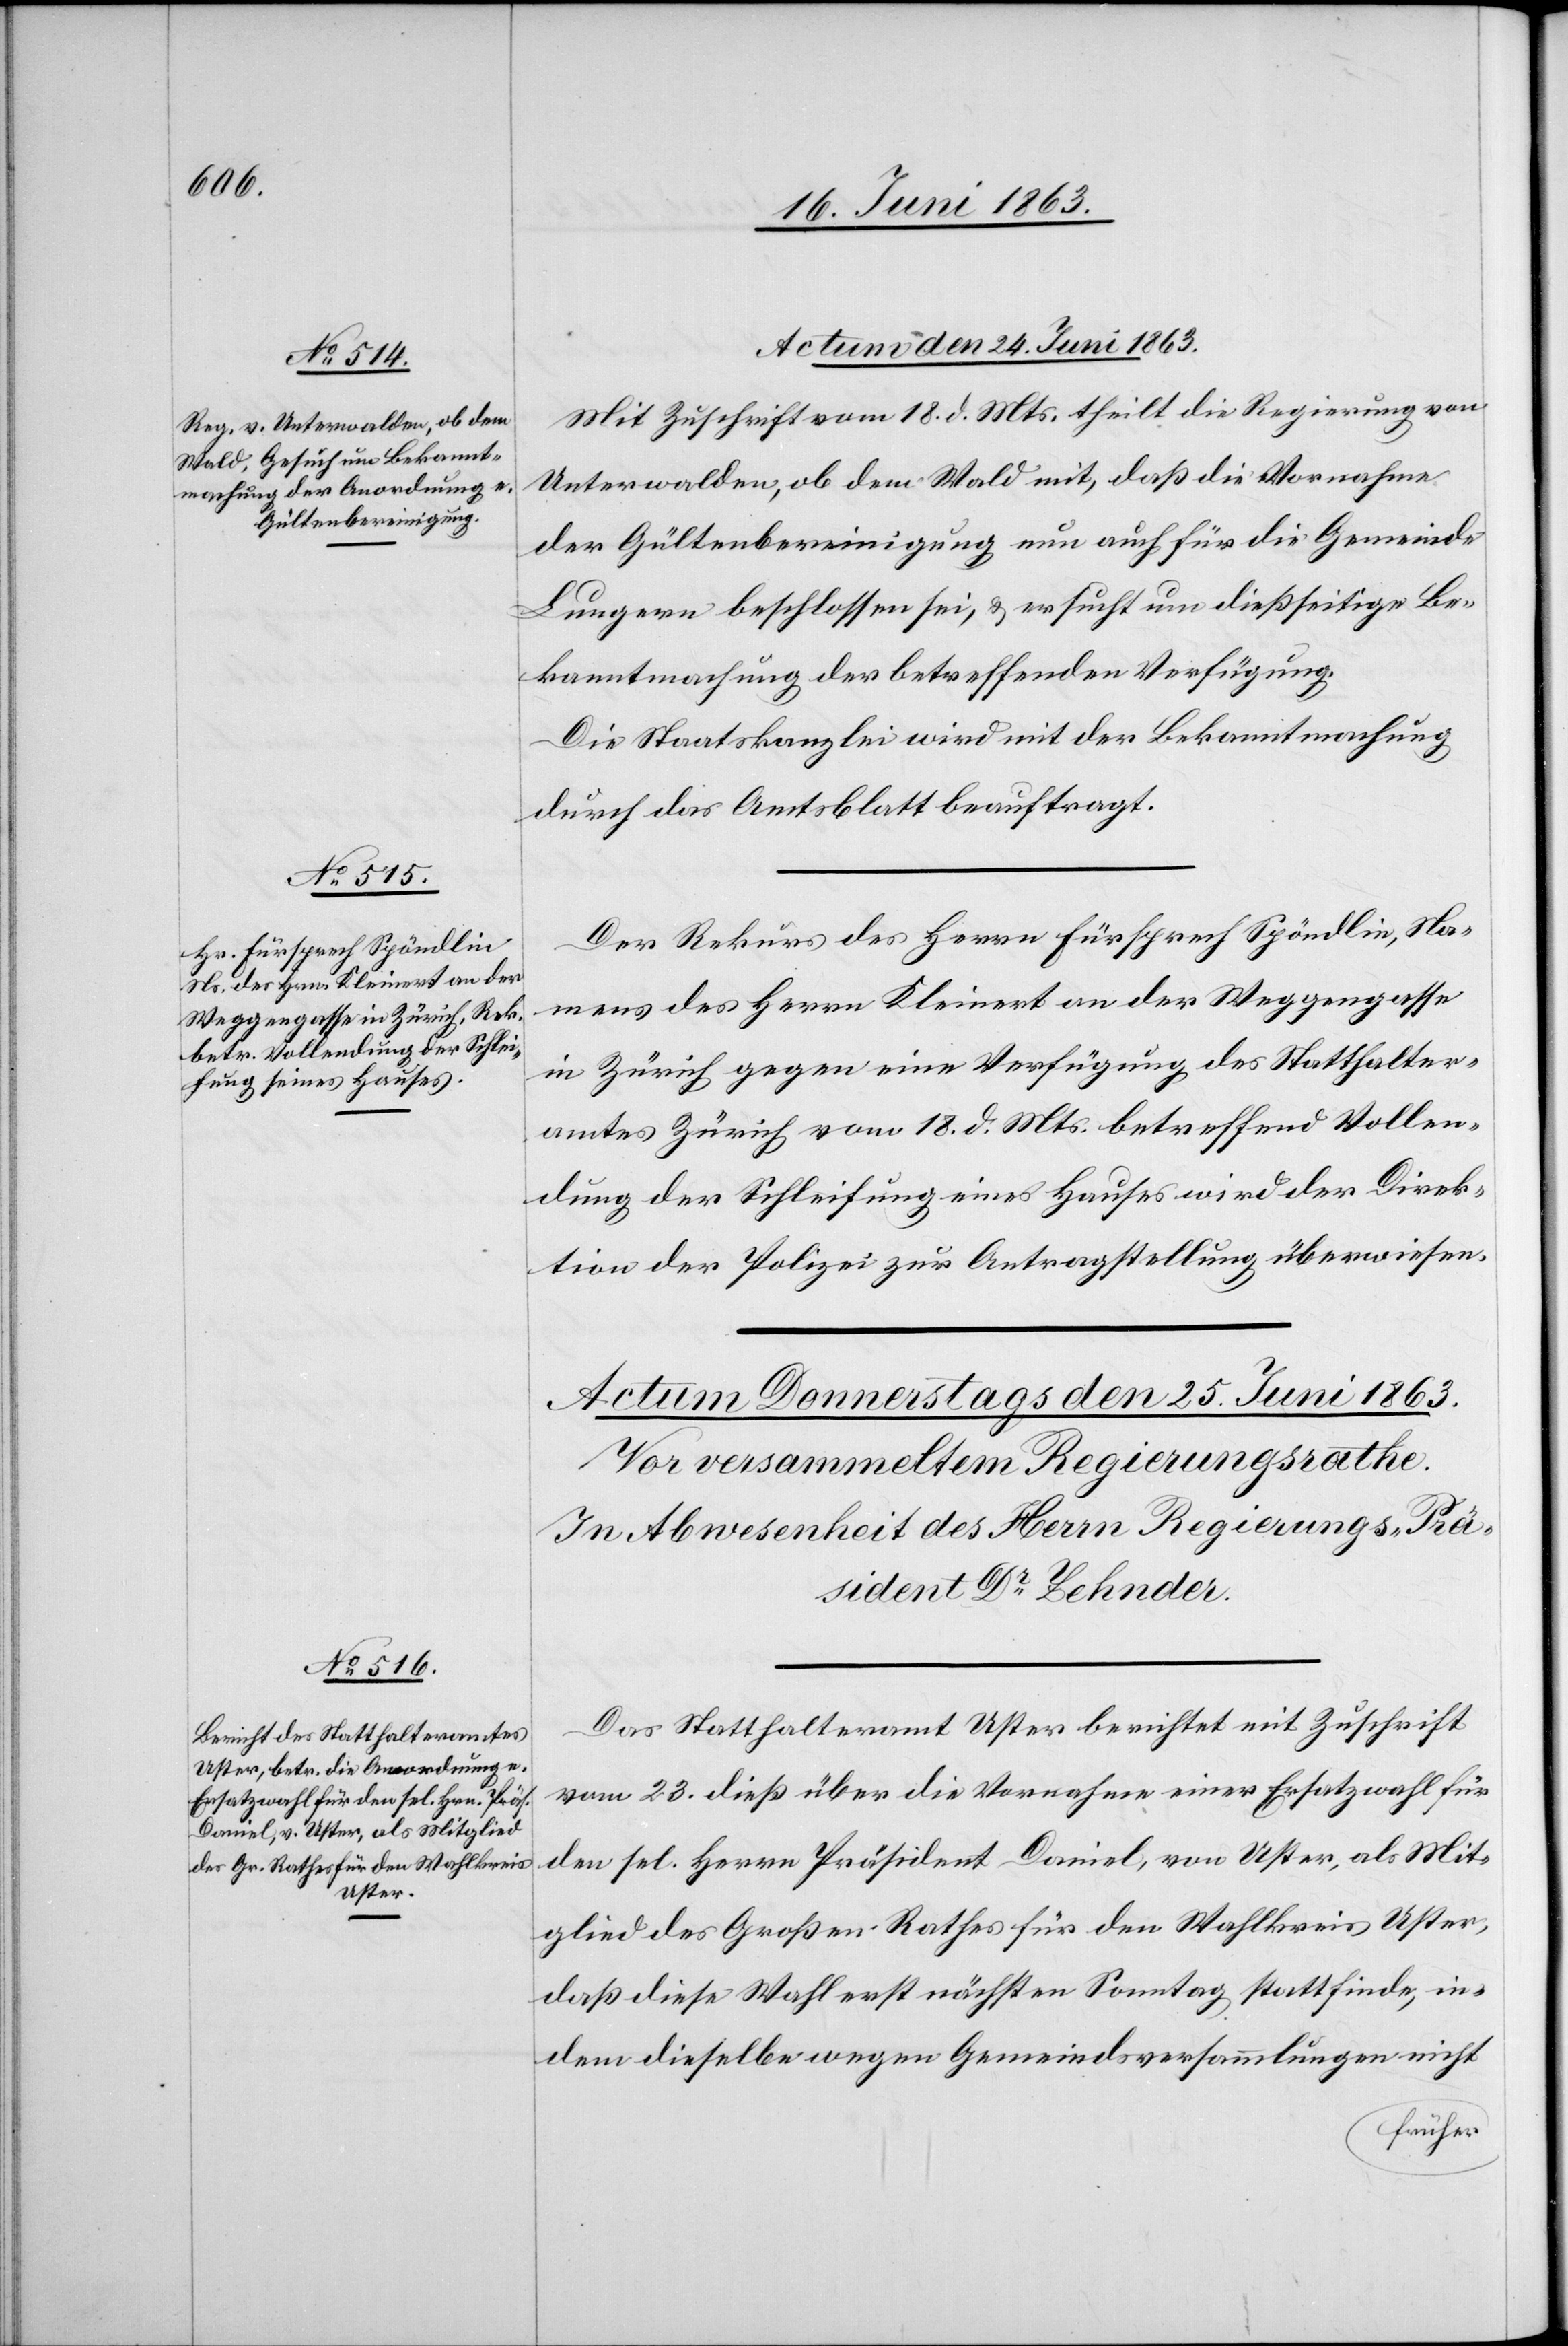
Actum den 24. Juni 1863.]
Mit Zuschrift vom 18. d. Mts. theilt die Regierung von
Unterwalden, ob dem Wald mit, daß die Vornahme
der Gültenbereinigung nun auch für die Gemeinde
Lungern beschlossen sei, & ersucht um dießseitige Be¬
kanntmachung der betreffenden Verfügung.
Die Staatskanzlei wird mit der Bekanntmachung
durch das Amtsblatt beauftragt.
Der Rekurs des Herrn Fürsprech Spöndlin, Na¬
mens des Herrn Kleinert an der Weggengasse
in Zürich gegen eine Verfügung des Statthalter¬
amtes Zürich vom 18. d. Mts. betreffend Vollen¬
dung der Schleifung eines Hauses wird der Direk¬
tion der Polizei zur Antragstellung überwiesen.
Das Statthalteramt Uster berichtet mit Zuschrift
vom 23. dieß über die Vornahme einer Ersatzwahl für
den sel. Herrn Präsident Daniel, von Uster, als Mit¬
glied des Großen Rathes für den Wahlkreis Uster,
daß diese Wahl erst nächsten Sonntag stattfinde, in¬
dem dieselbe wegen Gemeindsversammlungen nicht